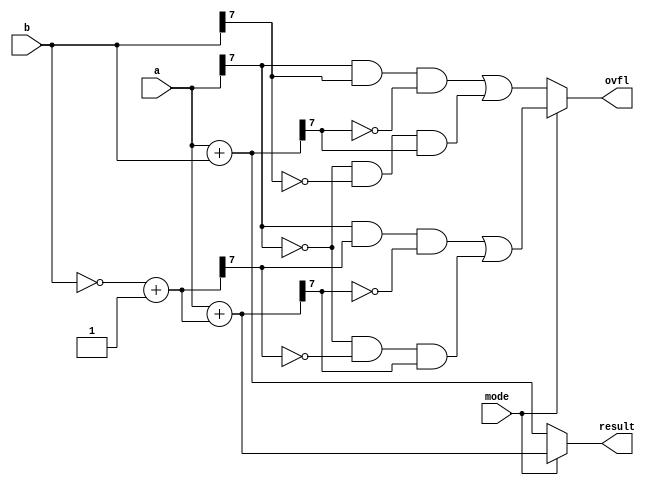
`timescale 1ns / 1ps
//8-bit Toplayici-Cikarici

module adder_subtractor (
    input [7:0] a, b, // inputs
    input mode,       // for selecting mode
    output reg [7:0] result, // output
    output reg ovfl // overflow
);

    reg [7:0] neg_b; // for 2's complement

    always @* begin
        if (mode == 0) // add
        begin
            result = a + b; // adding
            ovfl = (a[7] & b[7] & ~result[7]) | (~a[7] & ~b[7] & result[7]); // overflow checking
        end
        else // sub
        begin
            neg_b = ~b + 1; // Two's Complement
            result = a + neg_b; // Subtracting using Two's Complement
            ovfl = (a[7] & neg_b[7] & ~result[7]) | (~a[7] & ~neg_b[7] & result[7]); // overflow checking
        end
    end

endmodule